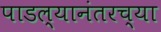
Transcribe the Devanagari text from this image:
पाडल्यानंतरच्या